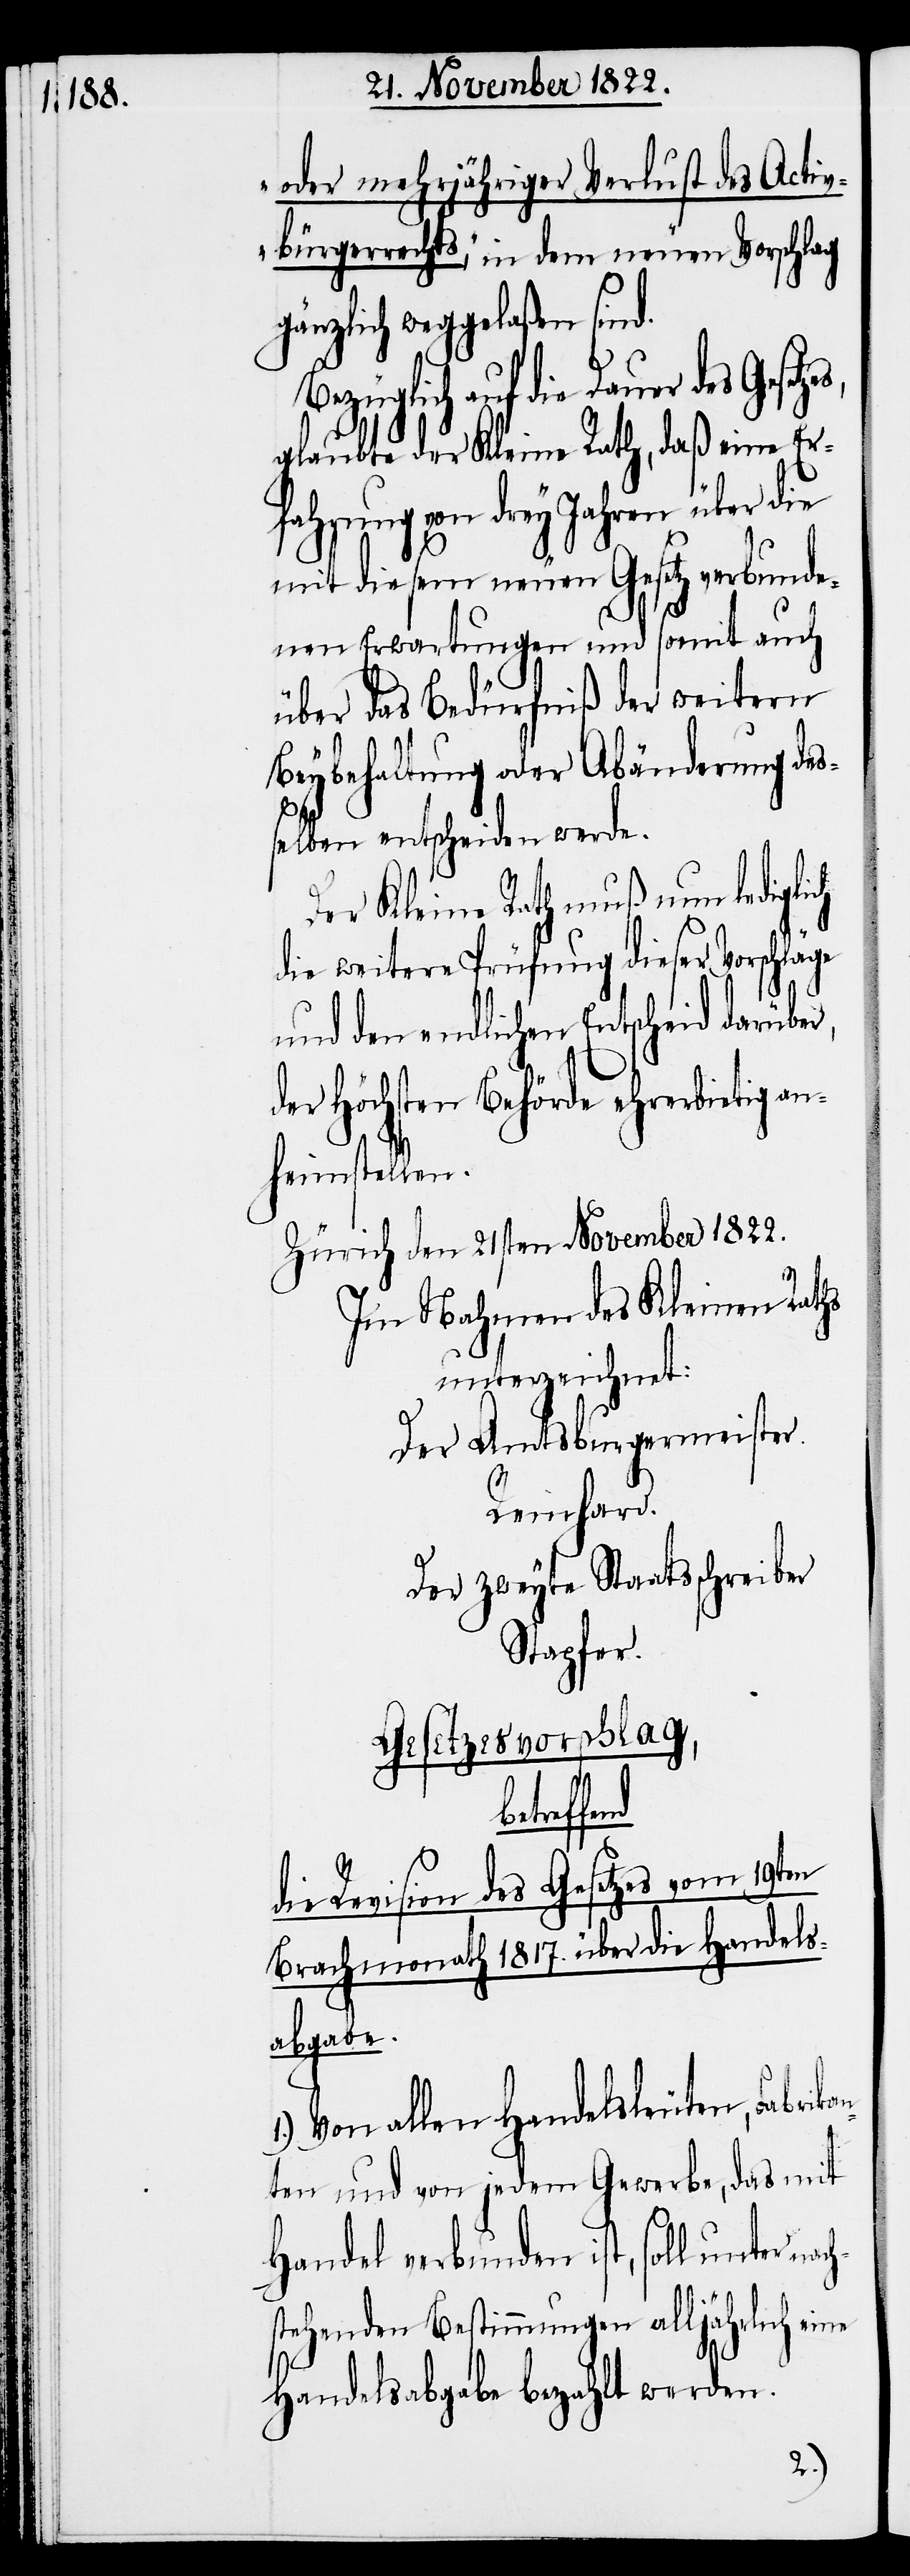
oder mehrjähriger Verlust des Activ¬
bürgerrechts,“ in dem neuen Vorschlag
gänzlich weggelaßen sind.
Bezüglich auf die Dauer des
glaubte der Kleine Rath, daß eine Er¬
fahrung von drey Jahren über die
mit diesem neuen Gesetz verbunde¬
nen Erwartungen und somit auch
über das Bedürfniß der weitern
Beybehaltung oder Abänderung des¬
selben entscheiden werde.
Der Kleine Rath muß nun lediglich
die weitere Prüfung dieser Vorschläge
und den endlichen Entscheid darüber,
der Höchsten Behörde ehrerbietig an¬
heimstellen.
Zürich den 21sten November 1822.
Im Nahmen des Kleinen Raths
unterzeichnet:
Der Amtsburgermeister.
Reinhard.
Der zweyte Staatsschreiber
Stapfer.
Gesetzesvorschlag,
die Revision des Gesetzes vom 19ten
Brachmonath 1817. über die Handels¬
abgabe.
1.) Von allen Handelsleuten, Fabrika¬
nten und von jedem Gewerbe, das mit
Handel verbunden ist, soll unter n¬
stehenden Bestimmungen alljährlich eine
Handelsabgabe bezahlt werden.
ach¬